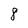
Character: 8